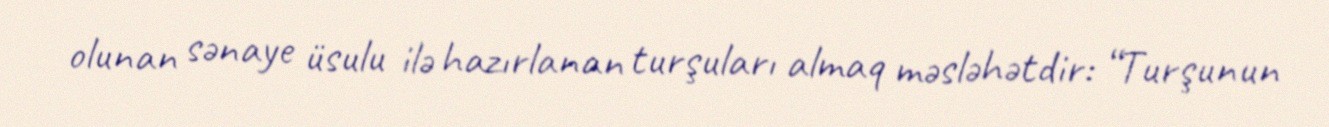
olunan sənaye üsulu ilə hazırlanan turşuları almaq məsləhətdir: “Turşunun